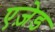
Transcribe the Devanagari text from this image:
एज़ेड